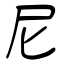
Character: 尼